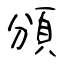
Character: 頒